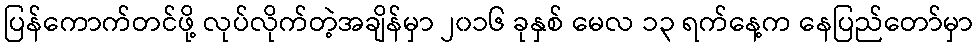
ပြန်ကောက်တင်ဖို့ လုပ်လိုက်တဲ့အချိန်မှာ ၂၀၁၆ ခုနှစ် မေလ ၁၃ ရက်နေ့က နေပြည်တော်မှာ